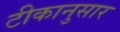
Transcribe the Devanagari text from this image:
टीकानुसार